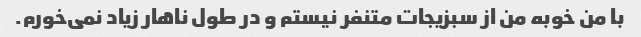
با من خوبه من از سبزیجات متنفر نیستم و در طول ناهار زیاد نمی‌خورم.